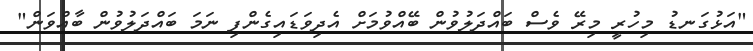
"އަޅުގަނޑު މިހުރީ މިރޭ ވެސް ބައްދަލުވުން ބޭއްވުމަށް އެދިވަޑައިގެންފި ނަމަ ބައްދަލުވުން ބާއްވަން"